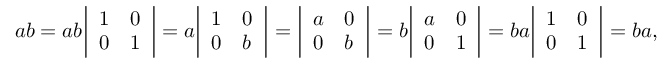
a b = a b { \left| \begin{array} { l l } { 1 } & { 0 } \\ { 0 } & { 1 } \end{array} \right| } = a { \left| \begin{array} { l l } { 1 } & { 0 } \\ { 0 } & { b } \end{array} \right| } = { \left| \begin{array} { l l } { a } & { 0 } \\ { 0 } & { b } \end{array} \right| } = b { \left| \begin{array} { l l } { a } & { 0 } \\ { 0 } & { 1 } \end{array} \right| } = b a { \left| \begin{array} { l l } { 1 } & { 0 } \\ { 0 } & { 1 } \end{array} \right| } = b a ,